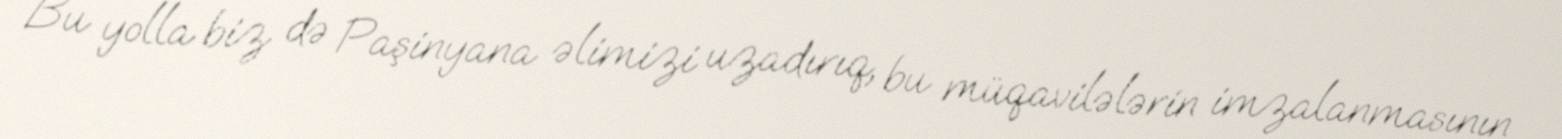
Bu yolla biz də Paşinyana əlimizi uzadırıq, bu müqavilələrin imzalanmasının